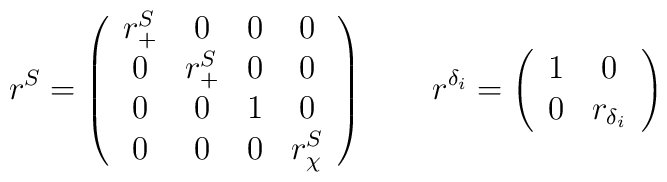
r^S  = \left( \begin{array}{cccc} r^S_+ & 0 & 0 & 0 \\                           0 & r^ S_+ & 0 &  0 \\                                      0 & 0 & 1 &  0 \\                                      0 & 0 & 0 & r^S_\chi   \end{array} \right) \qquad        r^{\delta_i}  = \left( \begin{array}{cc} 1 & 0  \\                           0 & r_{\delta_i}                                           \end{array} \right)